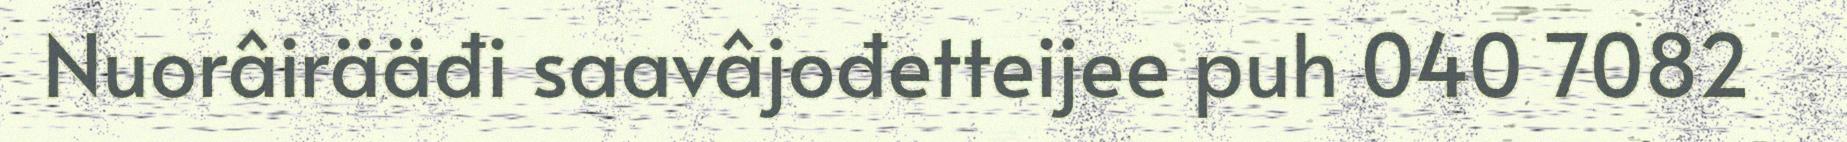
Nuorâirääđi saavâjođetteijee puh 040 7082